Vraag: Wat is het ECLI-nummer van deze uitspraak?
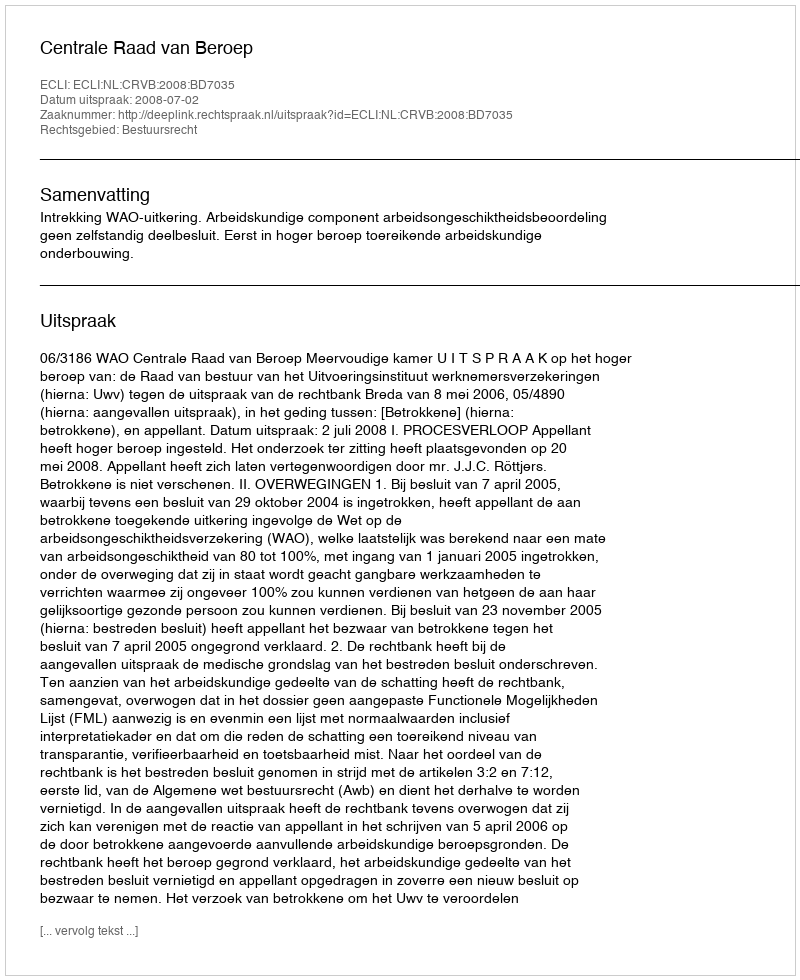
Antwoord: ECLI:NL:CRVB:2008:BD7035